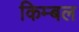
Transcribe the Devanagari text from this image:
किम्बल